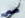
ضعى